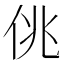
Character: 佻